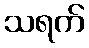
သရက်